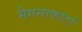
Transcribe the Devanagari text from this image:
मैगनाकार्टा